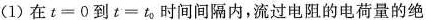
(1)在$$t = 0$$到$$t = t _ { 0 }$$时间间隔内，流过电阻的电荷量的绝